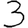
Digit: 3